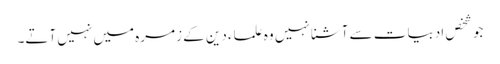
جو شخص ادبیات سے آشنا نہیں وہ علماء دین کے زمرہ میں نہیں آتے۔